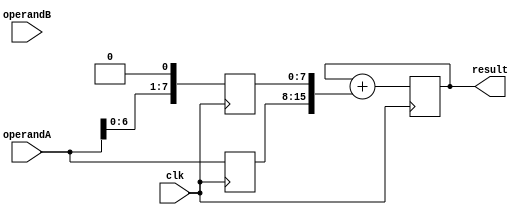
module CarrySaveMultiplier(
    input clk,
    input [7:0] operandA,
    input [7:0] operandB,
    output reg [15:0] result
);

reg [7:0] partialProduct1, partialProduct2;
reg [15:0] accum;

always @(posedge clk) begin
    partialProduct1 <= operandA << 0; // Shift operandA by 0 bits
    partialProduct2 <= operandA << 1; // Shift operandA by 1 bit
    
    accum <= accum + {partialProduct1,partialProduct2}; // Accumulate partial products in Carry-Save format
end

assign result = accum;

endmodule